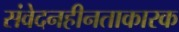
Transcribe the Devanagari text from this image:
संवेदनहीनताकारक